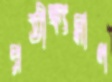
প্রতীক্ষ্যমাণ